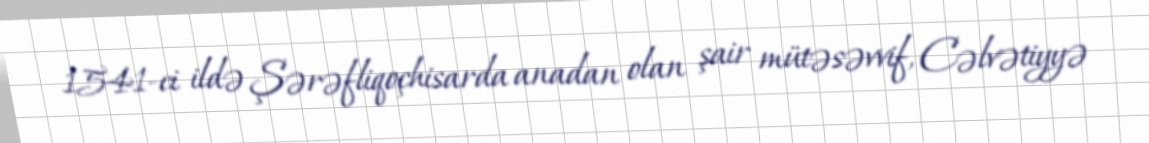
1541-ci ildə Şərəfliqoçhisarda anadan olan şair mütəsəvvif, Cəlvətiyyə